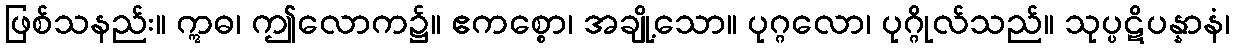
ဖြစ်သနည်း။ ဣဓ၊ ဤလောက၌။ ဧကစ္စော၊ အချို့သော။ ပုဂ္ဂလော၊ ပုဂ္ဂိုလ်သည်။ သုပ္ပဋိပန္နာနံ၊